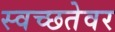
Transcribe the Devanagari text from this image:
स्वच्छतेवर